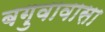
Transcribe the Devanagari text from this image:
बगुवावासा